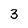
Character: 3